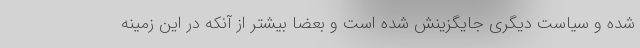
شده و سیاست دیگری جایگزینش شده است و بعضا بیشتر از آنکه در این زمینه